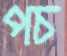
পচ